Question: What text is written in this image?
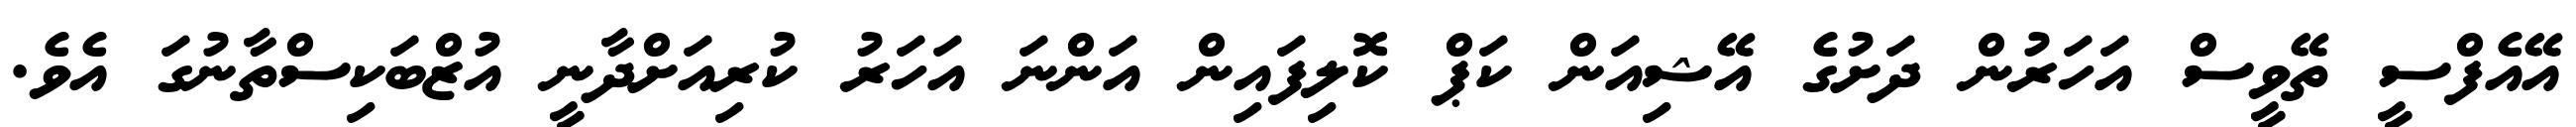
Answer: އޭއެފްސީ ތޭވީސް އަހަރުން ދަށުގެ އޭޝިއަން ކަޕް ކޮލިފައިން އަންނަ އަހަރު ކުރިއަށްދާނީ އުޒްބަކިސްތާނުގަ އެވެ.